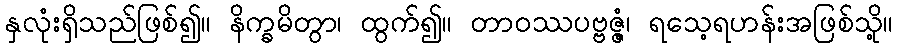
နှလုံးရှိသည်ဖြစ်၍။ နိက္ခမိတွာ၊ ထွက်၍။ တာဝဿပဗ္ဗဇ္ဇံ၊ ရသေ့ရဟန်းအဖြစ်သို့။